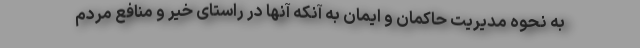
به نحوه مدیریت حاکمان و ایمان به آنکه آنها در راستای خیر و منافع مردم